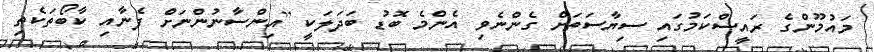
މައުމޫންގެ ރައީސްކަމުގައި ސިޔާސަތަށް ގެންނެވި އެންމެ ބޮޑު ބަދަލަކީ [އިންސާނުންނަށް ފެނާއި ކާބޯތަކެތި